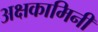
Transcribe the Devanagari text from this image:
अक्षकामिनी